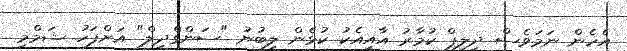
އެހެން ނަމަވެސް ދިލިޕް ކުމާރު އާއިއެކު ކުޅެން ލިބުނު "ސަންގްދިލް" އަށްފަހު ޝަމްމި